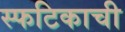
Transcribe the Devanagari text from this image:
स्फटिकाची